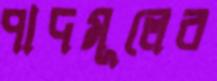
পাদমূলের